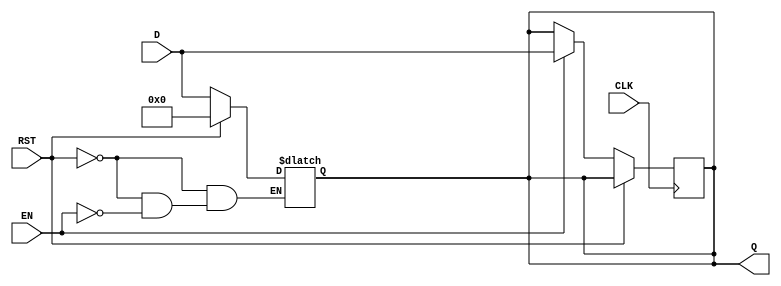
module IntermediateRegister #(
    parameter DATA_WIDTH = 8  // Parameter to define the width of the data input
)(
    input  wire [DATA_WIDTH-1:0] D,   // Data input
    input  wire CLK,                   // Clock input
    input  wire EN,                    // Enable input
    input  wire RST,                   // Asynchronous reset input
    output reg  [DATA_WIDTH-1:0] Q     // Data output
);

    // Asynchronous reset logic
    always @* begin
        if (RST) begin
            Q = {DATA_WIDTH{1'b0}}; // Set output to zero on reset
        end else if (EN) begin
            Q = D; // Capture input data on enable
        end
    end

    // Synchronous operation on clock edge
    always @(posedge CLK) begin
        if (!RST) begin
            if (EN) begin
                Q <= D; // Update output on clock edge if enabled
            end
            // If EN is low, retain previous value of Q
        end
    end

endmodule